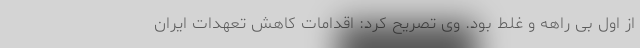
از اول بی راهه و غلط بود. وی تصریح کرد: اقدامات کاهش تعهدات ایران